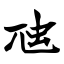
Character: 虺